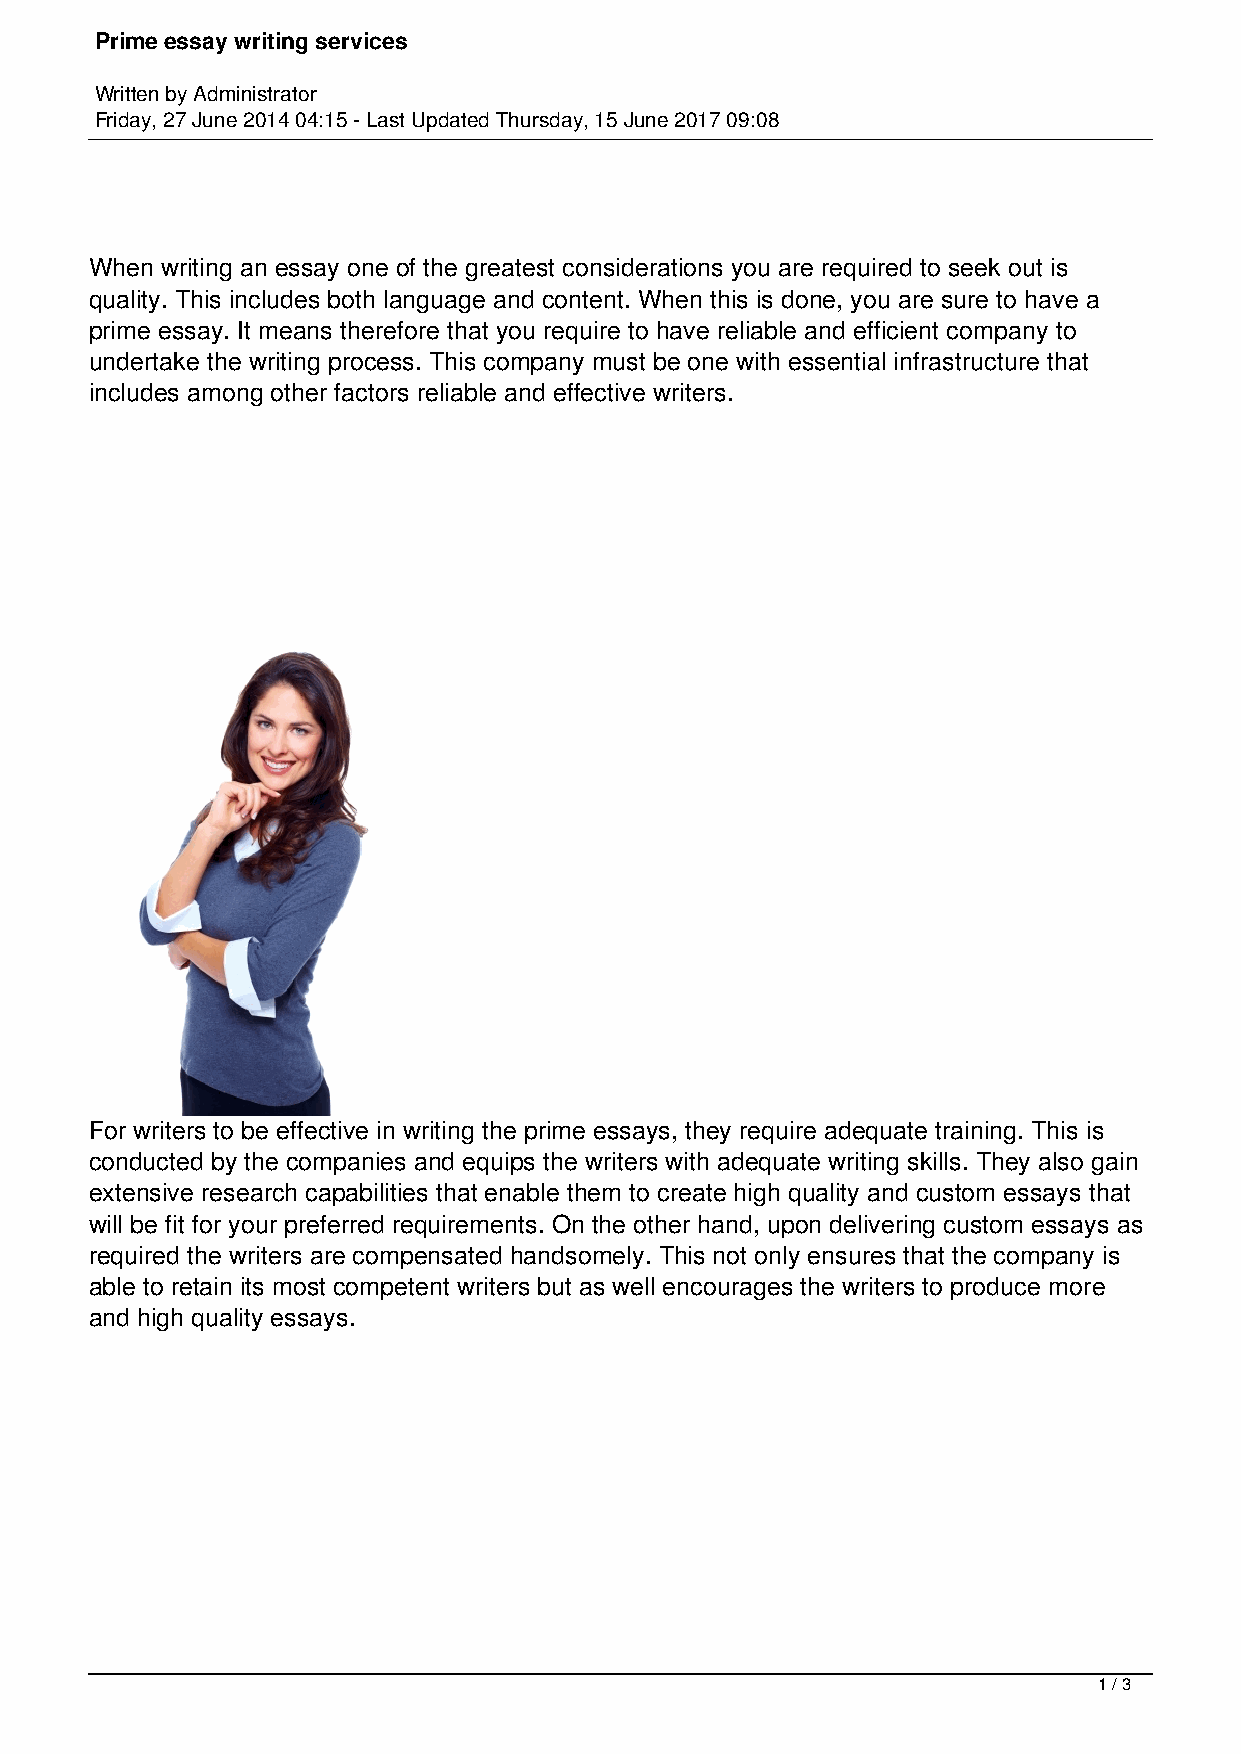
Prime essay writing services
 Written by Administrator
 Friday, 27 June 2014 04:15 - Last Updated Thursday, 15 June 2017 09:08
 When writing an essay one of the greatest considerations you are required to seek out is
 quality. This includes both language and content. When this is done, you are sure to have a
 prime essay. It means therefore that you require to have reliable and efficient company to
 undertake the writing process. This company must be one with essential infrastructure that
 includes among other factors reliable and effective writers.
 For writers to be effective in writing the prime essays, they require adequate training. This is
 conducted by the companies and equips the writers with adequate writing skills. They also gain
 extensive research capabilities that enable them to create high quality and custom essays that
 will be fit for your preferred requirements. On the other hand, upon delivering custom essays as
 required the writers are compensated handsomely. This not only ensures that the company is
 able to retain its most competent writers but as well encourages the writers to produce more
 and high quality essays.
 1 / 3